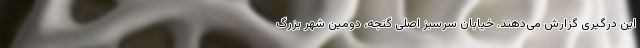
این درگیری گزارش می‌دهند. خیابان سرسبز اصلی گنجه، دومین شهر بزرگ